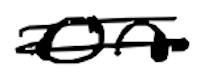
Text: on
Cross-out: double-line
Writing tool: digital_black